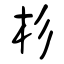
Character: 杉